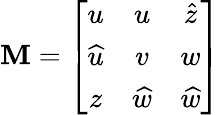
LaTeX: \mathbf{M}=\left[\begin{array}{ccc}{{u}}&{{u}}&{{\widehat{z}}}\\ {{\widehat{u}}}&{{v}}&{{w}}\\ {{z}}&{{\widehat{w}}}&{{\widehat{w}}}\end{array}\right]